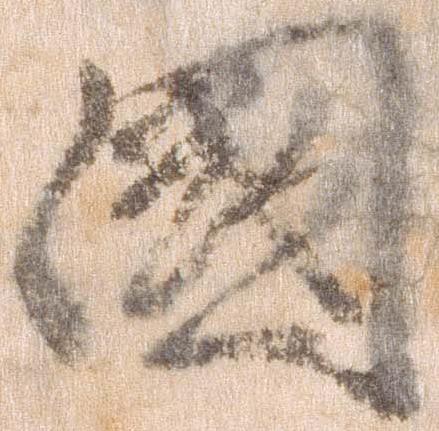
国